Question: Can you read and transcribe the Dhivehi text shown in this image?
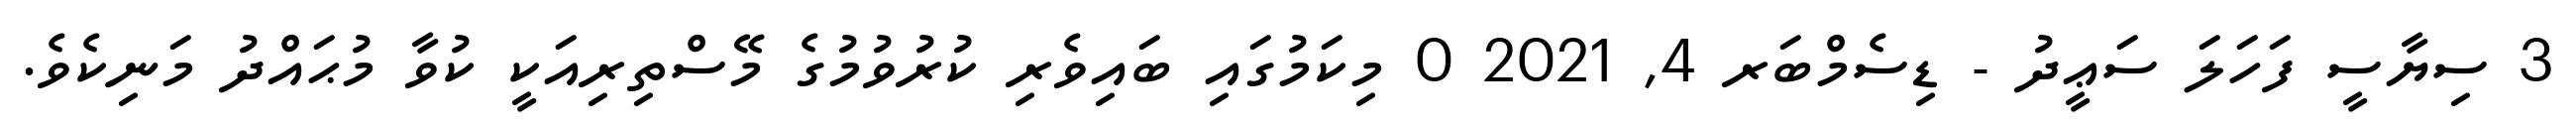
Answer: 3 ސިޔާސީ ފަހަލަ ސަޢީދު - ޑިސެމްބަރ 4, 2021 0 މިކަމުގައި ބައިވެރި ކުރުވުމުގެ މޭސްތިރިއަކީ ކުވާ މުޙައްދު މަނިކެވެ.